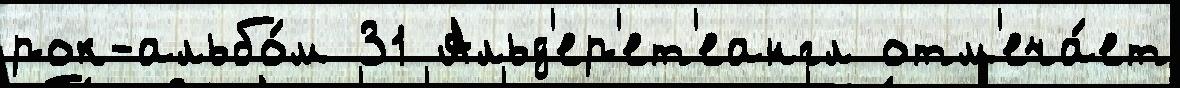
рок-альбо́м 31 Альд'ер'ет'еангл отм'еча́ет